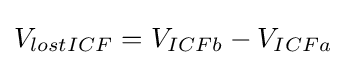
V_{lostICF}=V_{ICFb}-V_{ICFa}